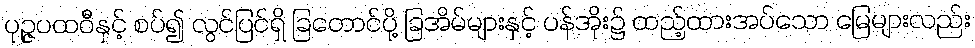
ပုဉ္ဇပထဝီနှင့် စပ်၍ လွင်ပြင်ရှိ ခြတောင်ပို့ ခြအိမ်များနှင့် ပန်အိုး၌ ထည့်ထားအပ်သော မြေများလည်း